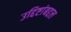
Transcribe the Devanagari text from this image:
उद्दिष्टांबद्दल